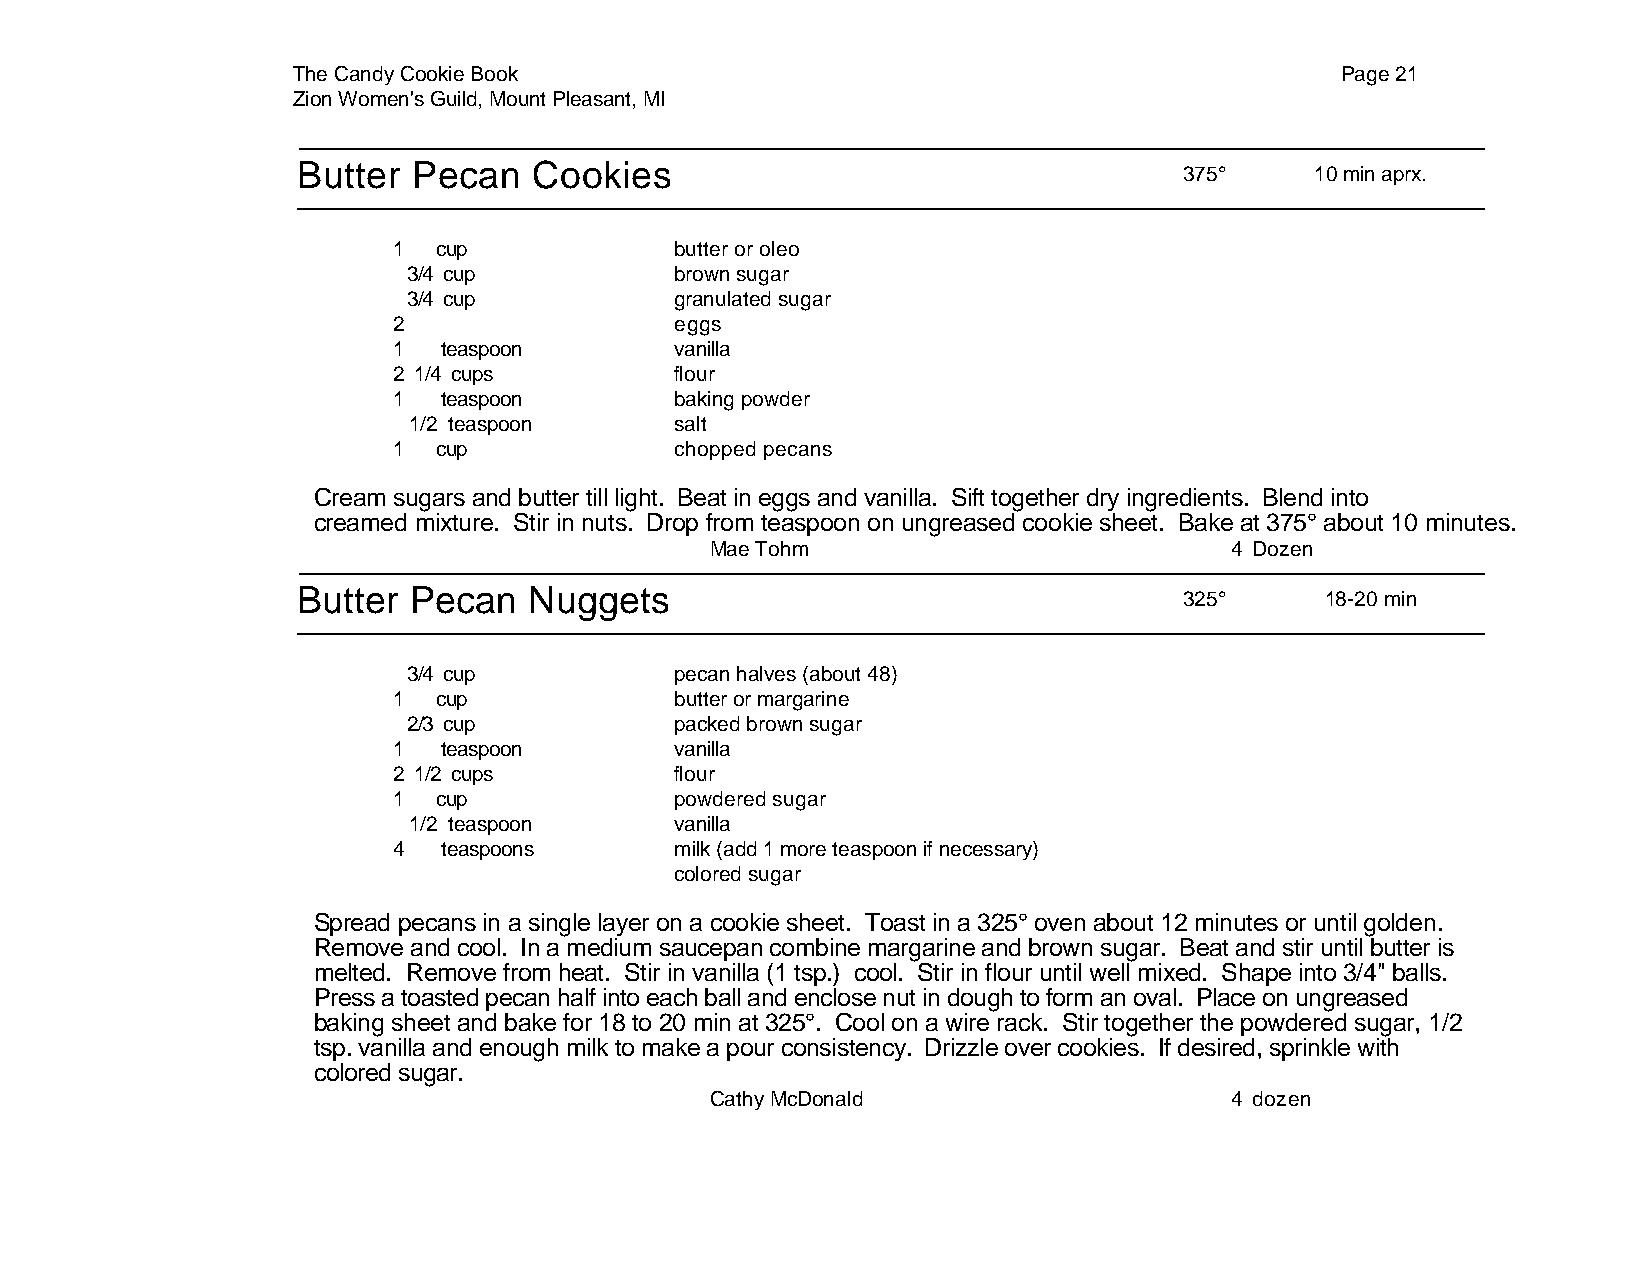
The Candy Cookie Book                                                 Page 21
 Zion Women's Guild, Mount Pleasant, MI
 Butter Pecan   Cookies
 375°     10 min aprx.
 1  cup             butter or oleo
 3/4 cup           brown sugar
 3/4 cup           granulated sugar
 2                  eggs
 1  teaspoon        vanilla
 2 1/4 cups         flour
 1  teaspoon        baking powder
 1/2 teaspoon      salt
 1  cup             chopped pecans
 Cream sugars and butter till light. Beat in eggs and vanilla. Sift together dry ingredients. Blend into
 creamed mixture. Stir in nuts. Drop from teaspoon on ungreased cookie sheet. Bake at 375° about 10 minutes.
 Mae Tohm                          4 Dozen
 Butter Pecan   Nuggets
 325°      18-20 min
 3/4 cup           pecan halves (about 48)
 1  cup             butter or margarine
 2/3 cup           packed brown sugar
 1  teaspoon        vanilla
 2 1/2 cups         flour
 1  cup             powdered sugar
 1/2 teaspoon      vanilla
 4  teaspoons       milk (add 1 more teaspoon if necessary)
 colored sugar
 Spread pecans in a single layer on a cookie sheet. Toast in a 325° oven about 12 minutes or until golden.
 Remove and cool. In a medium saucepan combine margarine and brown sugar. Beat and stir until butter is
 melted. Remove from heat. Stir in vanilla (1 tsp.) cool. Stir in flour until well mixed. Shape into 3/4" balls.
 Press a toasted pecan half into each ball and enclose nut in dough to form an oval. Place on ungreased
 baking sheet and bake for 18 to 20 min at 325°. Cool on a wire rack. Stir together the powdered sugar, 1/2
 tsp. vanilla and enough milk to make a pour consistency. Drizzle over cookies. If desired, sprinkle with
 colored sugar.
 Cathy McDonald                    4 dozen